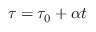
\tau = \tau _ { 0 } + \alpha t